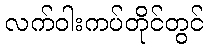
လက်ဝါးကပ်တိုင်တွင်